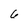
Character: 6